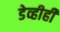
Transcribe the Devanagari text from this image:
डेव्हीही